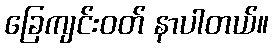
ခြေကျင်းဝတ် နာပါတယ်။